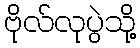
ဗိုလ်လုပွဲသို့